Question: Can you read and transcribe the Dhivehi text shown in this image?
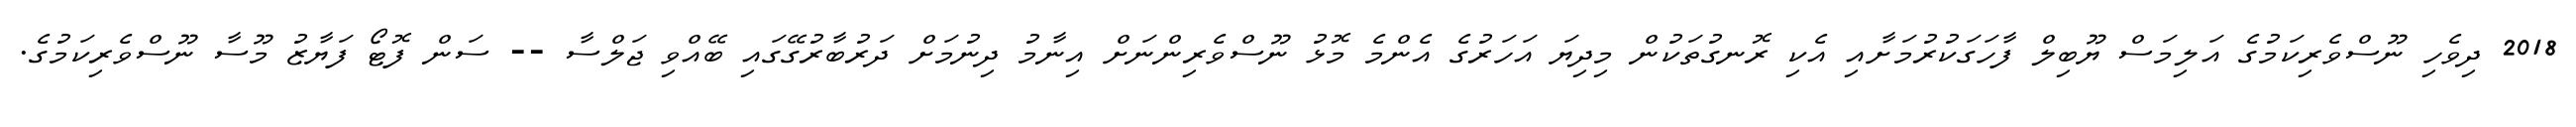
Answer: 2018 ދިވެހި ނޫސްވެރިކަމުގެ އަލިމަސް ޔޫބިލް ފާހަގަކުރުމަށާއި އެކި ރޮނގުތަކުން މިދިޔަ އަހަރުގެ އެންމެ މޮޅު ނޫސްވެރިންނަށް އިނާމު ދިނުމަށް ދަރުބާރުގޭގައި ބޭއްވި ޖަލްސާ -- ސަން ފޮޓޯ ފަޔާޒު މޫސާ ނޫސްވެރިކަމުގެ.